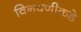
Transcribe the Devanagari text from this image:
विनवणीकडे